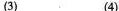
(3) (4)